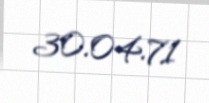
30.04.71